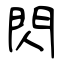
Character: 閃